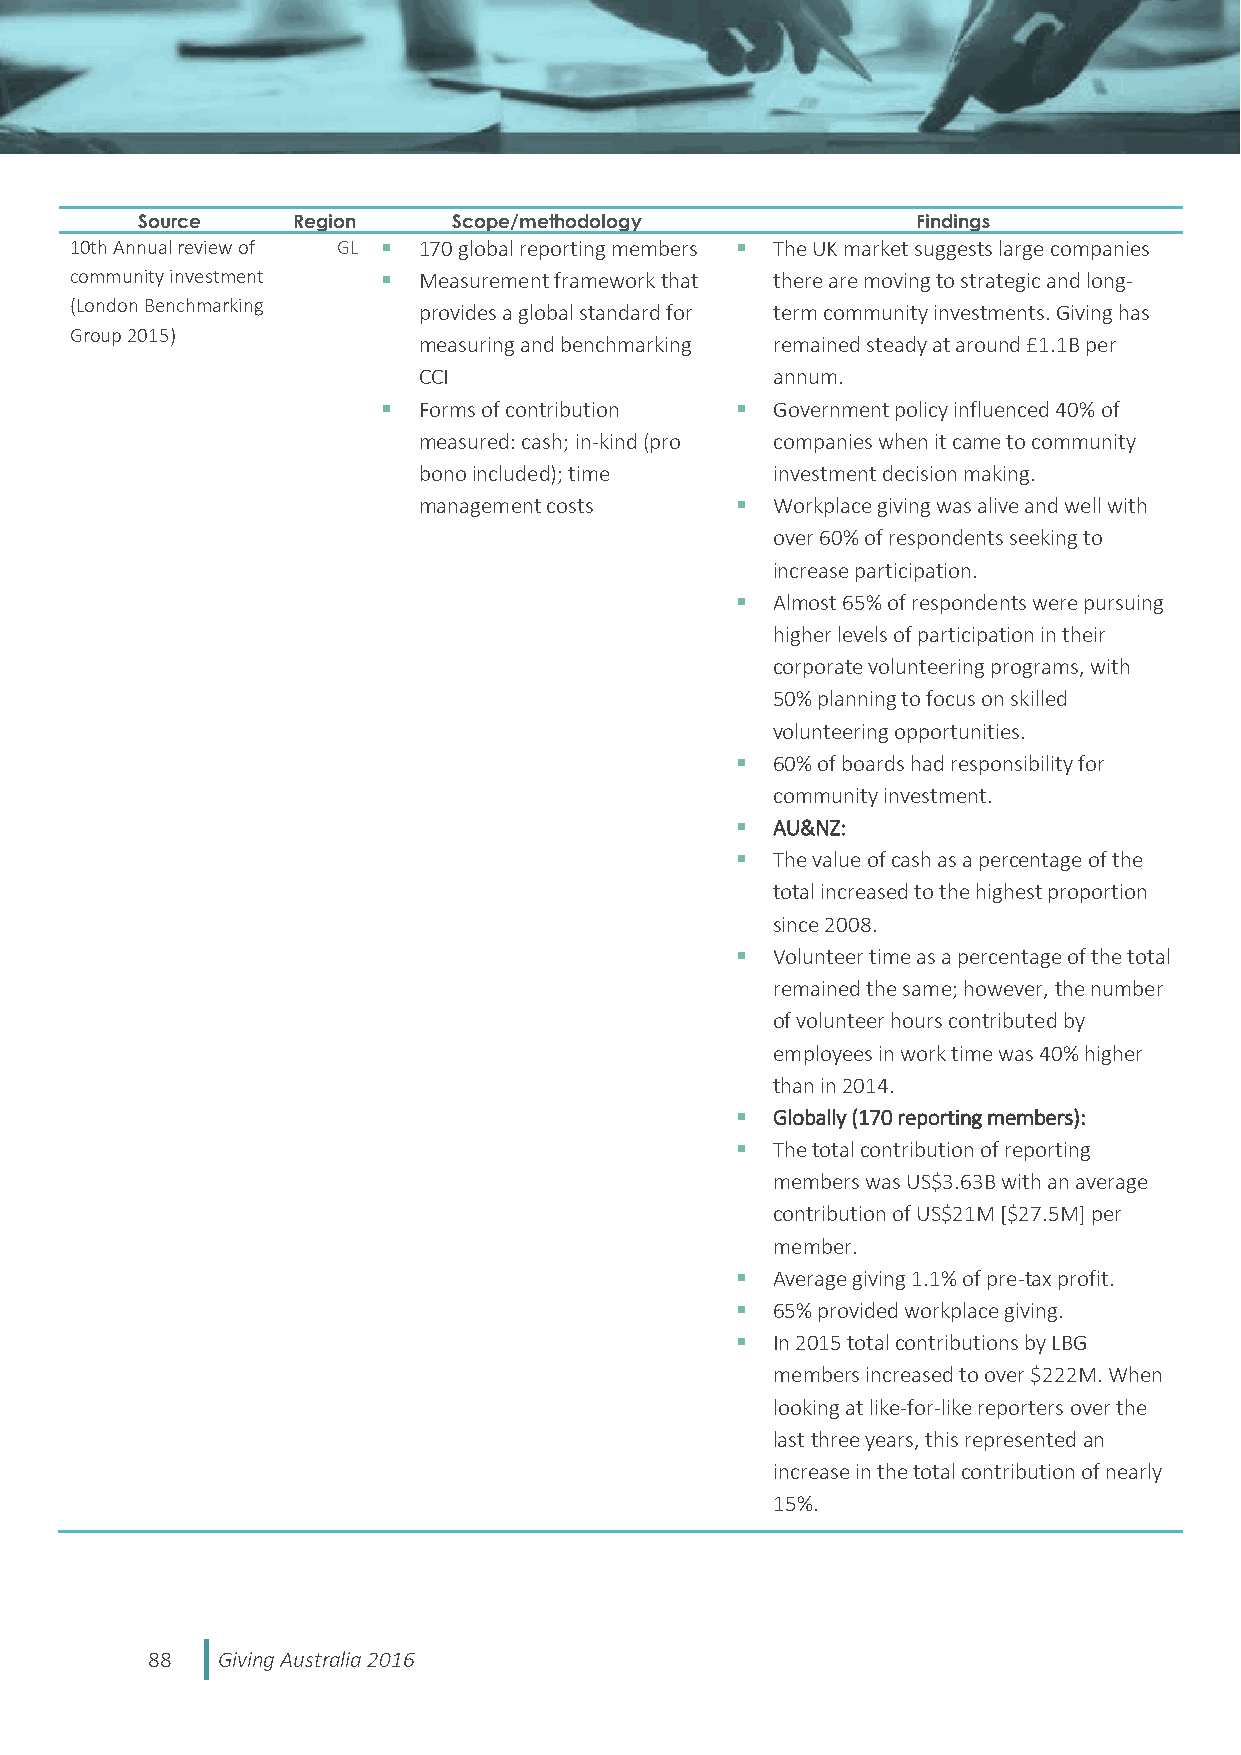
Source    Region     Scope/methodology              Findings
 10th Annual review of GL  170 global reporting members  The UK market suggests large companies
 community investment  Measurement framework that there are moving to strategic and long-
 (London Benchmarking   provides a global standard for term community investments. Giving has
 Group 2015)
 measuring and benchmarking remained steady at around £1.1B per
 CCI                    annum.
   Forms of contribution  Government policy influenced 40% of
 measured: cash; in-kind (pro companies when it came to community
 bono included); time   investment decision making.
 management costs      Workplace giving was alive and well with
 over 60% of respondents seeking to
 increase participation.
  Almost 65% of respondents were pursuing
 higher levels of participation in their
 corporate volunteering programs, with
 50% planning to focus on skilled
 volunteering opportunities.
  60% of boards had responsibility for
 community investment.
  AU&NZ:
  The value of cash as a percentage of the
 total increased to the highest proportion
 since 2008.
  Volunteer time as a percentage of the total
 remained the same; however, the number
 of volunteer hours contributed by
 employees in work time was 40% higher
 than in 2014.
  Globally (170 reporting members):
  The total contribution of reporting
 members was US$3.63B with an average
 contribution of US$21M [$27.5M] per
 member.
  Average giving 1.1% of pre-tax profit.
  65% provided workplace giving.
  In 2015 total contributions by LBG
 members increased to over $222M. When
 looking at like-for-like reporters over the
 last three years, this represented an
 increase in the total contribution of nearly
 15%.
 88  Giving Australia 2016